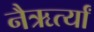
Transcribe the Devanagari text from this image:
नैऋर्त्यां